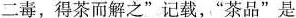
二毒，得茶而解之”记载，”茶品”是